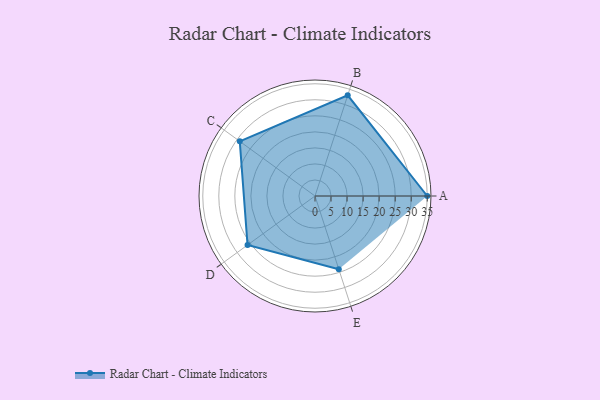
{"axis": {"x": "Skill", "y": "Score"}, "legend": ["Profile"], "data": [{"x": "A", "y": 35.0, "type": "Profile"}, {"x": "B", "y": 33.0, "type": "Profile"}, {"x": "C", "y": 29.0, "type": "Profile"}, {"x": "D", "y": 26.0, "type": "Profile"}, {"x": "E", "y": 24.0, "type": "Profile"}]}